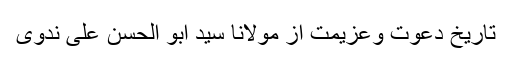
تاریخ دعوت وعزیمت از مولانا سید ابو الحسن علی ندوی